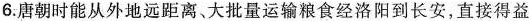
6.唐朝时能从外地远距离、大批量运输粮食经洛阳到长安，直接得益